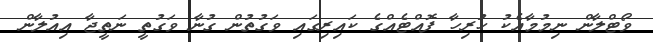
ވޯޓްލާން ނިމުމާއެކު ހުރިހާ ފޮއްޓެއްގެ ކައިރިގައި ވަގުތުން ގުނާ ވަގުތީ ނަތީޖާ އިއުލާން